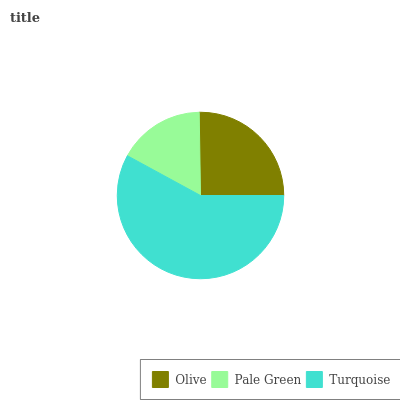
| Olive | Pale Green | Turquoise |
 | --- | --- | --- |
 | 25.3% | 16.9% | 57.9% |